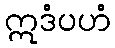
ဣဒံပဟံ